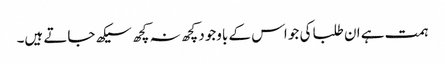
ہمت ہے ان طلبا کی جو اس کے باوجود کچھ نہ کچھ سیکھ جاتے ہیں۔